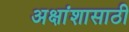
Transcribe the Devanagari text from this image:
अक्षांशासाठी